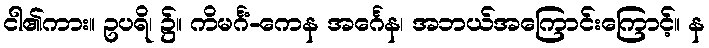
ငါ၏ကား။ ဥပရိ၊ ၌။ ကိမင်္ဂံ-ကေန အင်္ဂေန၊ အဘယ်အကြောင်းကြောင့်။ န